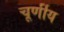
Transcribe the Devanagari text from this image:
चूर्णीय